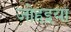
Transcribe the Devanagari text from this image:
जोहइया